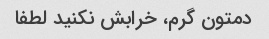
دمتون گرم، خرابش نکنید لطفا